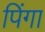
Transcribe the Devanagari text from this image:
पिंगा